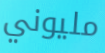
مليوني